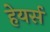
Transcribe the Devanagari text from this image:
हेयर्स